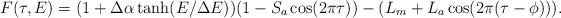
LaTeX: \begin{align*}F(\tau,E) = (1 + \Delta\alpha\tanh(E/\Delta E))(1-S_a \cos(2\pi\tau)) - (L_m + L_a \cos(2\pi(\tau-\phi))).\end{align*}